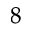
^ { 8 }